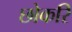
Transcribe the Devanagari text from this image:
छोकरि